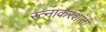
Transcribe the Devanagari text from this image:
रत्नाकरशांती